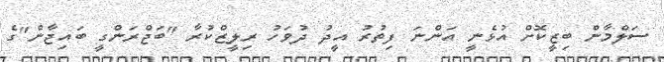
ސަލްމާން ބިޒީކޮށް އުޅެނީ އަންނަ ފިތުރު އީދު ދުވަހު ރިލީޒްކުރާ "ބަޖްރަންގީ ބައިޖާން"ގެ